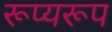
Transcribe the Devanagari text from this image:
रूप्यरूप